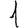
Digit: 1